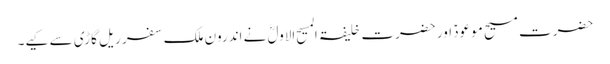
حضرت مسیح موعودؑ اور حضرت خلیفۃ المسیح الاولؓ نے اندرون ملک سفر ریل گاڑی سے کیے۔